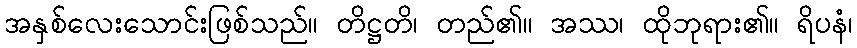
အနှစ်လေးသောင်းဖြစ်သည်။ တိဋ္ဌတိ၊ တည်၏။ အဿ၊ ထိုဘုရား၏။ ရိပနံ၊